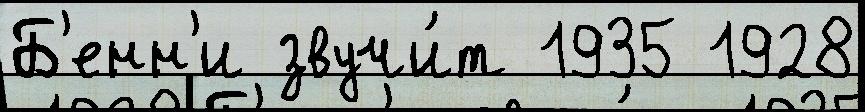
Б'енн'и звучи́т 1935 1928